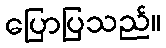
ပြောပြသည်။